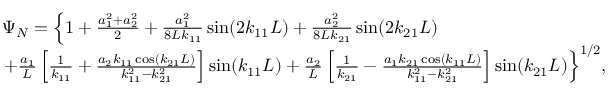
\begin{array} { r l } & { { \Psi _ { N } } = \left\{ { 1 + \frac { { a _ { 1 } ^ { 2 } + a _ { 2 } ^ { 2 } } } { 2 } + \frac { { a _ { 1 } ^ { 2 } } } { { 8 L { k _ { 1 1 } } } } \sin ( 2 { k _ { 1 1 } } L ) + \frac { { a _ { 2 } ^ { 2 } } } { { 8 L { k _ { 2 1 } } } } \sin ( 2 { k _ { 2 1 } } L ) } \right. } \\ & { { \left. { + \frac { { { a _ { 1 } } } } { L } \left[ { \frac { 1 } { { { k _ { 1 1 } } } } + \frac { { { a _ { 2 } } { k _ { 1 1 } } \cos ( { k _ { 2 1 } } L ) } } { { k _ { 1 1 } ^ { 2 } - k _ { 2 1 } ^ { 2 } } } } \right] \sin ( { k _ { 1 1 } } L ) + \frac { { { a _ { 2 } } } } { L } \left[ { \frac { 1 } { { { k _ { 2 1 } } } } - \frac { { { a _ { 1 } } { k _ { 2 1 } } \cos ( { k _ { 1 1 } } L ) } } { { k _ { 1 1 } ^ { 2 } - k _ { 2 1 } ^ { 2 } } } } \right] \sin ( { k _ { 2 1 } } L ) } \right\} ^ { 1 / 2 } } , } \end{array}